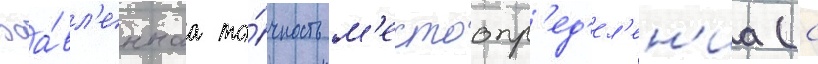
Заа́вл'еннаа то́чность м'естоопр'ед'ел'ен'иа (с